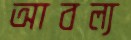
আবল্য